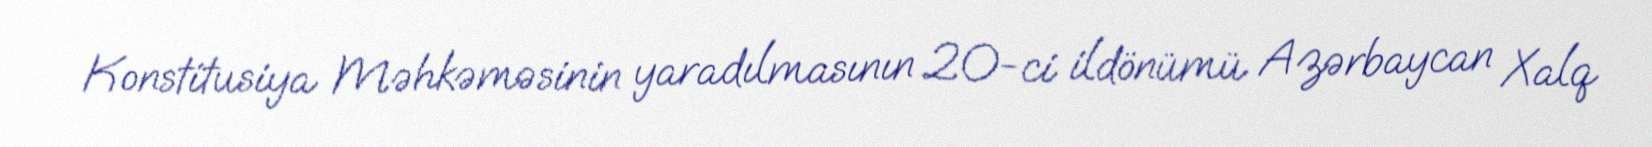
Konstitusiya Məhkəməsinin yaradılmasının 20-ci ildönümü Azərbaycan Xalq